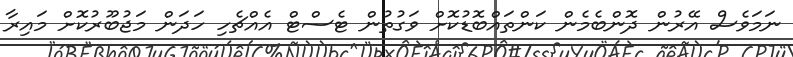
ނަމަވެސް އޭރުން ދޮންބެމެން ކަންތައްބޮޑުކޮށް ވަގުތުން ޓެސްޓް އެއްޗެހި ހަދަން މަޖުބޫރުކޮށް މައިރާ